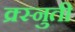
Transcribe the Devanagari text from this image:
क्र्स्नुती